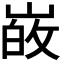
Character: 𭖸